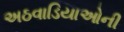
અઠવાડિયાઓની